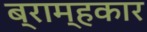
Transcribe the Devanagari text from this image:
ब्राम्हकार